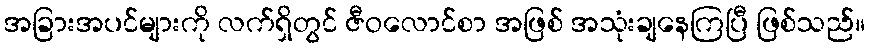
အခြားအပင်များကို လက်ရှိတွင် ဇီဝလောင်စာ အဖြစ် အသုံးချနေကြပြီ ဖြစ်သည်။